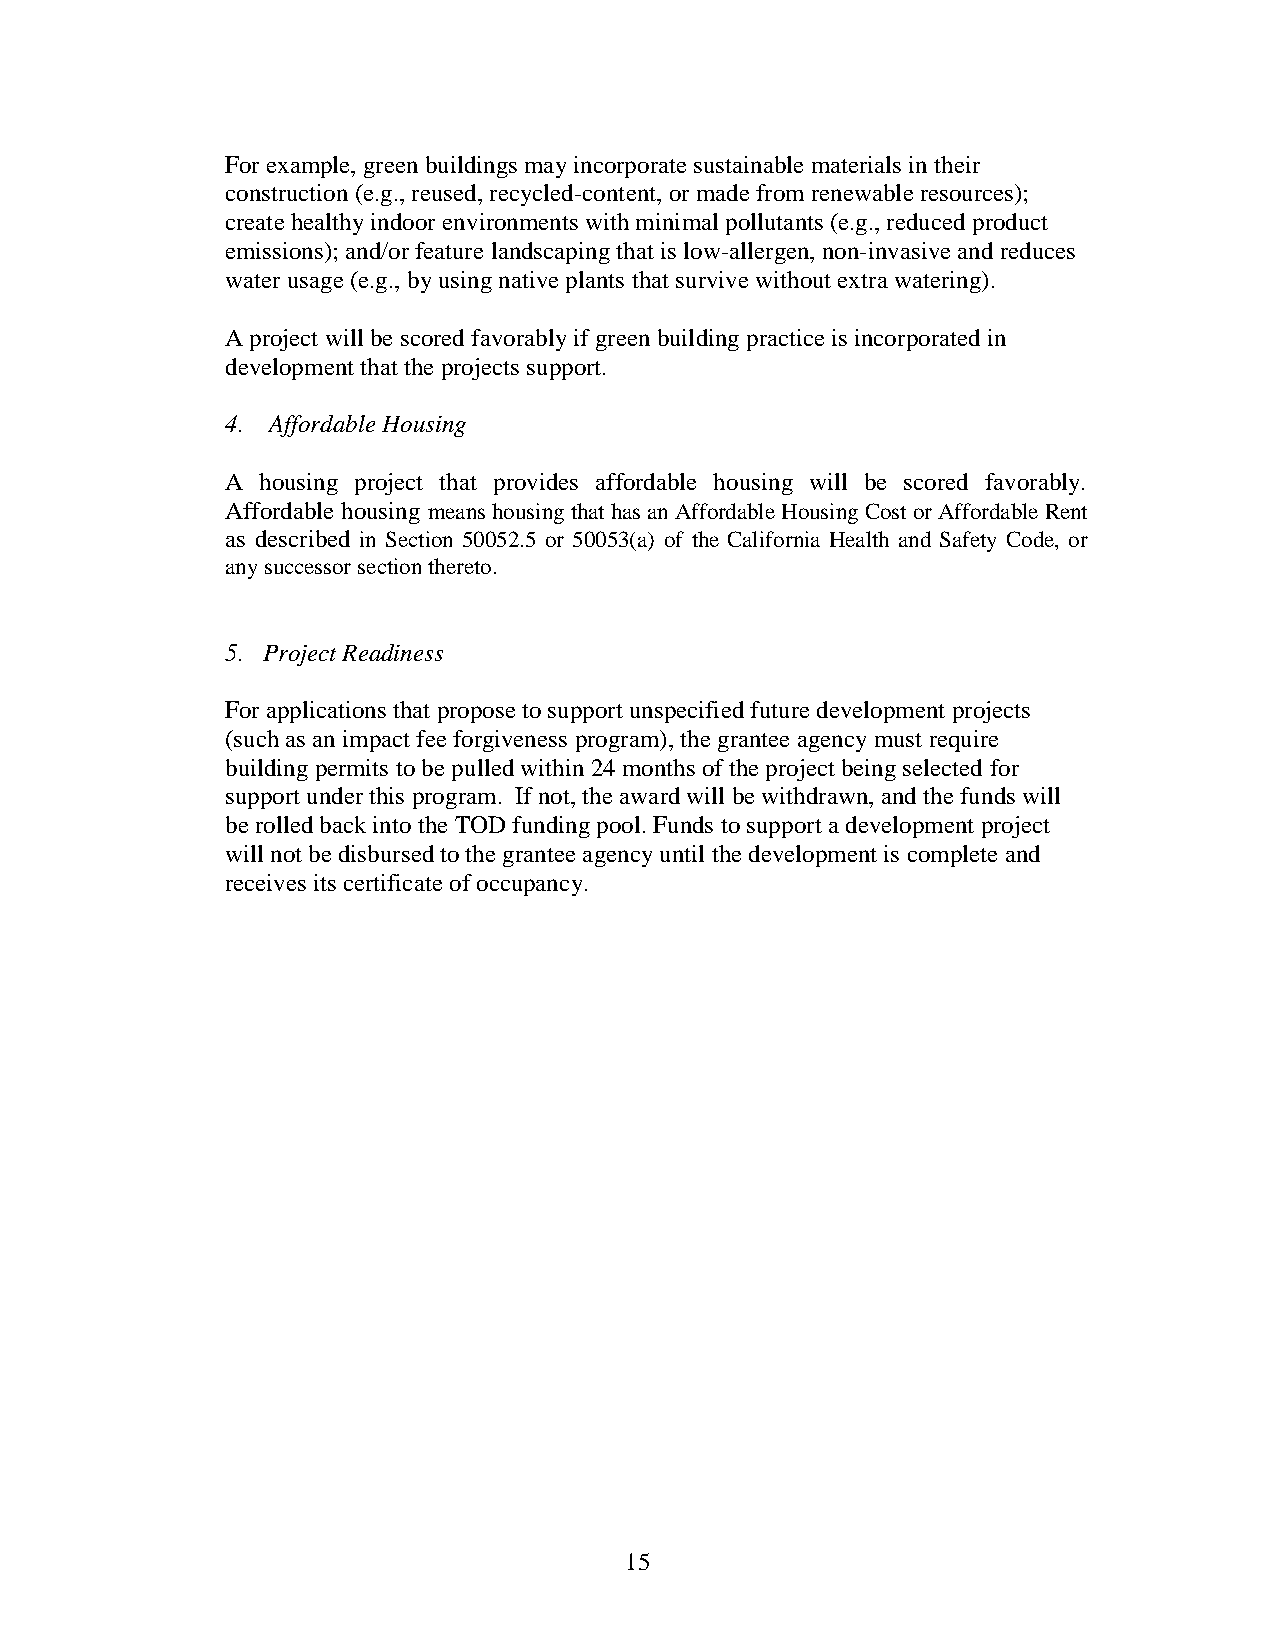
For example, green buildings may incorporate sustainable materials in their
 construction (e.g., reused, recycled-content, or made from renewable resources);
 create healthy indoor environments with minimal pollutants (e.g., reduced product
 emissions); and/or feature landscaping that is low-allergen, non-invasive and reduces
 water usage (e.g., by using native plants that survive without extra watering).
 A project will be scored favorably if green building practice is incorporated in
 development that the projects support.
 4. Affordable Housing
 A housing project that provides affordable housing will be scored favorably.
 Affordable housing means housing that has an Affordable Housing Cost or Affordable Rent
 as described in Section 50052.5 or 50053(a) of the California Health and Safety Code, or
 any successor section thereto.
 5. Project Readiness
 For applications that propose to support unspecified future development projects
 (such as an impact fee forgiveness program), the grantee agency must require
 building permits to be pulled within 24 months of the project being selected for
 support under this program. If not, the award will be withdrawn, and the funds will
 be rolled back into the TOD funding pool. Funds to support a development project
 will not be disbursed to the grantee agency until the development is complete and
 receives its certificate of occupancy.
 15